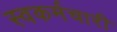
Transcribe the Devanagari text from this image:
स्वकर्मचारी